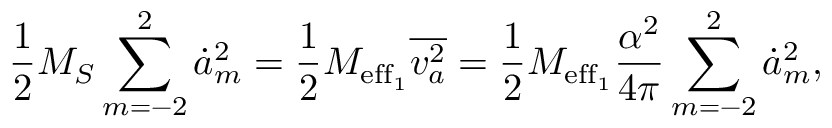
\frac 1 2 { M _ { S } } \sum _ { m = - 2 } ^ { 2 } \dot { a } _ { m } ^ { 2 } = \frac 1 2 M _ { \mathrm { e f f _ { 1 } } } \overline { { v _ { a } ^ { 2 } } } = \frac 1 2 M _ { \mathrm { e f f _ { 1 } } } \frac { \alpha ^ { 2 } } { 4 \pi } \sum _ { m = - 2 } ^ { 2 } \dot { a } _ { m } ^ { 2 } ,